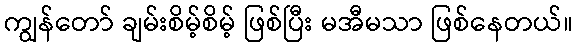
ကျွန်တော် ချမ်းစိမ့်စိမ့် ဖြစ်ပြီး မအီမသာ ဖြစ်နေတယ်။